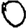
Digit: 0